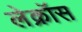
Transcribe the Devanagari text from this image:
लेक्रॉस